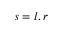
s = l , r